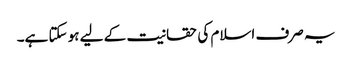
یہ صرف اسلام کی حقانیت کے لیے ہو سکتا ہے۔